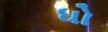
ધો